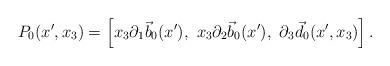
LaTeX: \begin{align*}P_0(x', x_3) = \left[x_3\partial_1\vec b_0(x'), ~ x_3\partial_2\vec b_0(x'), ~ \partial_3\vec d_0(x', x_3)\right].\end{align*}